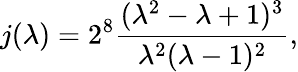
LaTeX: j(\lambda)=2^{8}\frac{(\lambda^{2}-\lambda+1)^{3}}{\lambda^{2}(\lambda-1)^{2}},